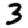
Digit: 3